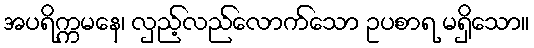
အပရိက္ကမနေ၊ လှည့်လည်လောက်သော ဥပစာရ မရှိသော။